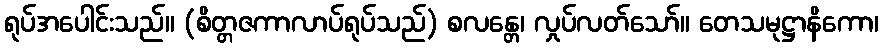
ရုပ်အပေါင်းသည်။ (စိတ္တဇကာလာပ်ရုပ်သည်) စလန္တေ၊ လှုပ်လတ်သော်။ တေသမုဋ္ဌာနိကော၊